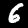
Digit: 6